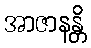
အာဇာနန္တိ